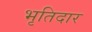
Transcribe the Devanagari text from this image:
भृतिदार